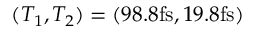
( T _ { 1 } , T _ { 2 } ) = ( 9 8 . 8 \mathrm { f s } , 1 9 . 8 \mathrm { f s } )